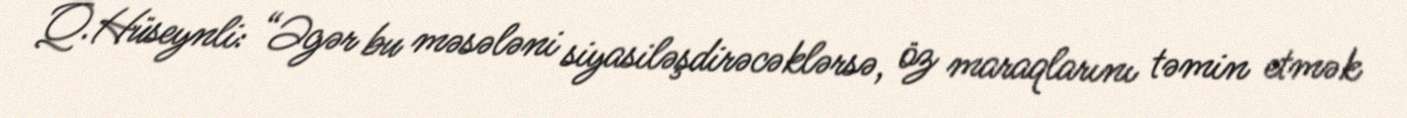
Q.Hüseynli: “Əgər bu məsələni siyasiləşdirəcəklərsə, öz maraqlarını təmin etmək